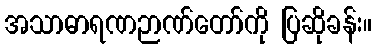
အသာဓာရဏဉာဏ်တော်ကို ပြဆိုခန်း။